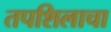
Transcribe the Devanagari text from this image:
तपशिलाचा